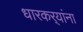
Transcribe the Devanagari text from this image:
धारकर्‍यांना